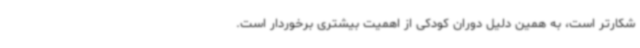
شکارتر است، به همین دلیل دوران کودکی از اهمیت بیشتری برخوردار است.